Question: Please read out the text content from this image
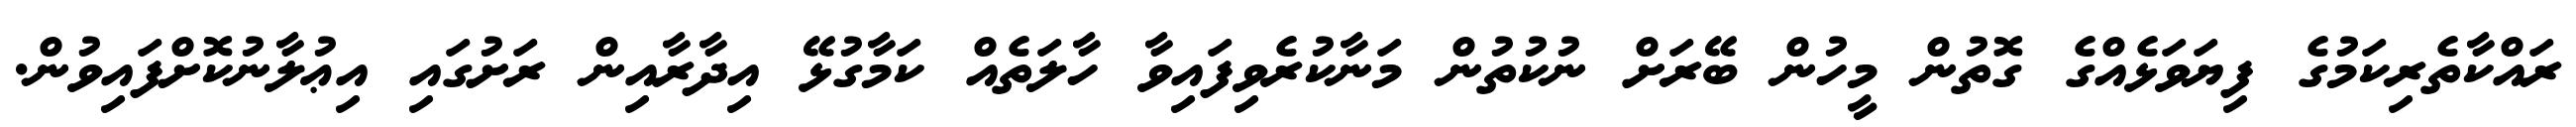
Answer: ރައްކާތެރިކަމުގެ ފިޔަވަޅެއްގެ ގޮތުން މީހުން ބޭރަށް ނުކުތުން މަނާކުރެވިފައިވާ ހާލަތެއް ކަމާގުޅޭ އިދާރާއިން ރަށުގައި އިޢުލާނުކޮށްފައިވުން.